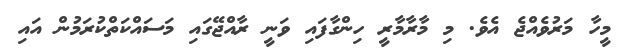
މީހާ މަރުވެއްޖެ އެވެ. މި މާރާމާރީ ހިންގާފައި ވަނީ ރާއްޖޭގައި މަސައްކަތްކުރަމުން އައި